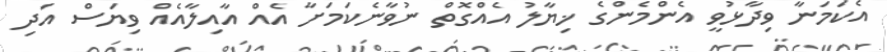
އެކަމަނާ ވިދާޅުވީ އެންމެންގެ ޚިޔާލު އެއްގޮތް ނުވާނެކަމަށާ އެއް އާއިލާއެއް ވިޔަސް އަދި